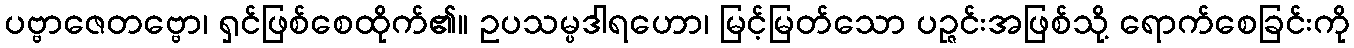
ပဗ္ဗာဇေတဗ္ဗော၊ ရှင်ဖြစ်စေထိုက်၏။ ဥပသမ္ပဒါရဟော၊ မြင့်မြတ်သော ပဉ္ဇင်းအဖြစ်သို့ ရောက်စေခြင်းကို